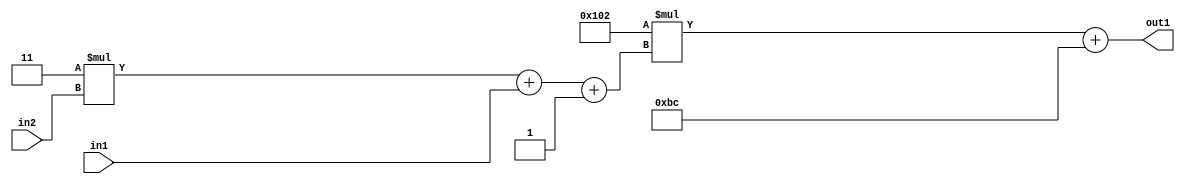
`timescale 1ps / 1ps
/*****************************************************************************
    Verilog RTL Description
    
    
    Created by: Stratus DpOpt 2019.1.01 
*******************************************************************************/

module DC_Filter_Add2i188Mul2i258Add3i1u1Mul2i3u2_1 (
	in2,
	in1,
	out1
	); /* architecture "behavioural" */ 
input [1:0] in2;
input  in1;
output [11:0] out1;
wire [11:0] asc001;
wire [3:0] asc002;

wire [3:0] asc002_tmp_0;
wire [3:0] asc002_tmp_1;
assign asc002_tmp_1 = 
	+(4'B0011 * in2);
assign asc002_tmp_0 = asc002_tmp_1
	+(in1);
assign asc002 = asc002_tmp_0
	+(4'B0001);

wire [11:0] asc001_tmp_2;
assign asc001_tmp_2 = 
	+(12'B000100000010 * asc002);
assign asc001 = asc001_tmp_2
	+(12'B000010111100);

assign out1 = asc001;
endmodule

/* CADENCE  vrP2TQk= : u9/ySgnWtBlWxVPRXgAZ4Og= ** DO NOT EDIT THIS LINE ******/